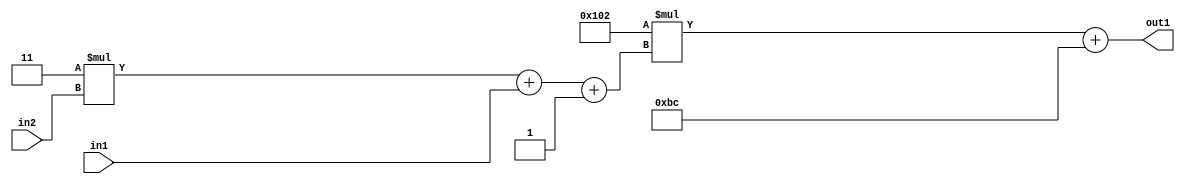
`timescale 1ps / 1ps
/*****************************************************************************
    Verilog RTL Description
    
    
    Created by: Stratus DpOpt 2019.1.01 
*******************************************************************************/

module DC_Filter_Add2i188Mul2i258Add3i1u1Mul2i3u2_1 (
	in2,
	in1,
	out1
	); /* architecture "behavioural" */ 
input [1:0] in2;
input  in1;
output [11:0] out1;
wire [11:0] asc001;
wire [3:0] asc002;

wire [3:0] asc002_tmp_0;
wire [3:0] asc002_tmp_1;
assign asc002_tmp_1 = 
	+(4'B0011 * in2);
assign asc002_tmp_0 = asc002_tmp_1
	+(in1);
assign asc002 = asc002_tmp_0
	+(4'B0001);

wire [11:0] asc001_tmp_2;
assign asc001_tmp_2 = 
	+(12'B000100000010 * asc002);
assign asc001 = asc001_tmp_2
	+(12'B000010111100);

assign out1 = asc001;
endmodule

/* CADENCE  vrP2TQk= : u9/ySgnWtBlWxVPRXgAZ4Og= ** DO NOT EDIT THIS LINE ******/